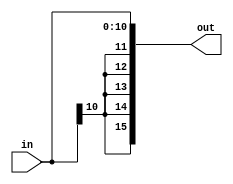
module EXT11_16(
  input[10:0] in,
  output[15:0] out
);

  assign out={{(5){in[10]}},in};
endmodule